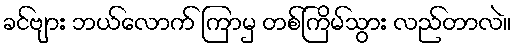
ခင်ဗျား ဘယ်လောက် ကြာမှ တစ်ကြိမ်သွား လည်တာလဲ။